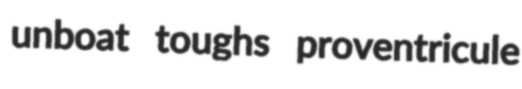
unboat toughs proventricule